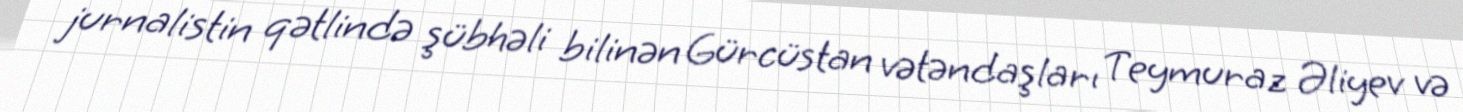
jurnalistin qətlində şübhəli bilinən Gürcüstan vətəndaşları Teymuraz Əliyev və